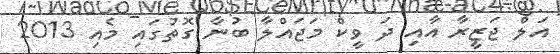
އަލް ޖަޒީރާ އާއި ދަ ވީކް މަޖައްލާ ބުނާ ގޮތުގައި މެއި 2013